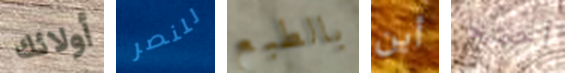
أولائك للنصر بالطبع أين أحتج